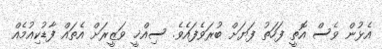
އެޅުން ވެސް އޮތީ ފަހަތު ފަޔަށް ބުރަވެފައެވެ. ސިއްޚީ ވަޒީރަށް އެތައް ފާޑުކިއުމެއް